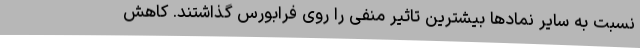
نسبت به سایر نمادها بیشترین تاثیر منفی را روی فرابورس گذاشتند. کاهش